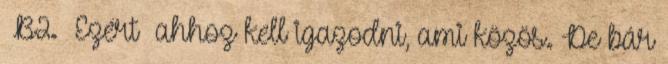
B2. Ezért ahhoz kell igazodni, ami közös. De bár